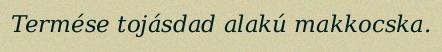
Termése tojásdad alakú makkocska.